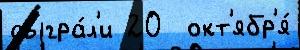
сыгра́л'и 20  окт'ябр'я́